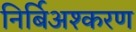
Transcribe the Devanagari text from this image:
निर्बिअश्करण